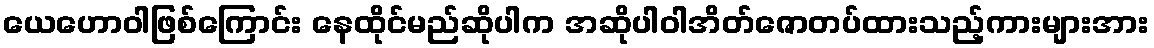
ယေဟောဝါဖြစ်ကြောင်း နေထိုင်မည်ဆိုပါက အဆိုပါဝါအိတ်ဇောတပ်ထားသည့်ကားများအား